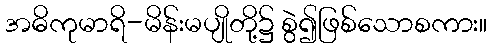
အဓိကုမာရိ-မိန်းမပျိုတို့၌ စွဲ၍ဖြစ်သောစကား။